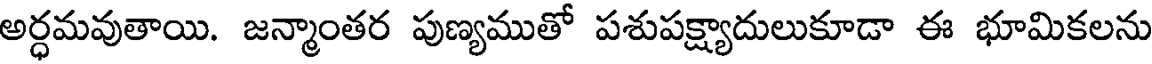
అర్ధమవుతాయి. జన్మాంతర పుణ్యముతో పశుపక్ష్యాదులుకూడా ఈ భూమికలను